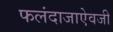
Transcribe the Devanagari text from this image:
फलंदाजाऐवजी